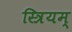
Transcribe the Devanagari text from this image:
स्त्रियम्